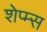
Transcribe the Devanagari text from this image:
शेप्म्स